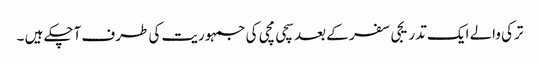
ترکی والے ایک تدریجی سفر کے بعد سچی مچی کی جمہوریت کی طرف آچکے ہیں ۔